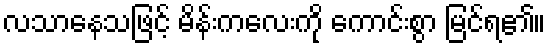
လသာနေသဖြင့် မိန်းကလေးကို ကောင်းစွာ မြင်ရ၏။